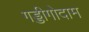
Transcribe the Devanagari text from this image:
गड्डीगोदाम